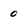
Character: 0